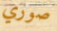
صوري